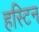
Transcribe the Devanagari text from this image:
हस्टिन